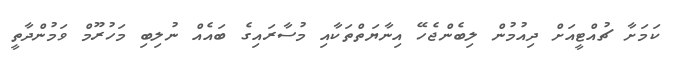
ކަމަށާ ޗުއްޓީއަށް ދިއުމުން ލިބެންޖެހޭ އިނާޔަތްތަކާއި މުސާރައިގެ ބައެއް ނުލިބި މަހުރޫމް ވަމުންދާތީ